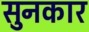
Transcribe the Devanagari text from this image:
सुनकार